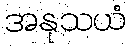
အနုသယံ